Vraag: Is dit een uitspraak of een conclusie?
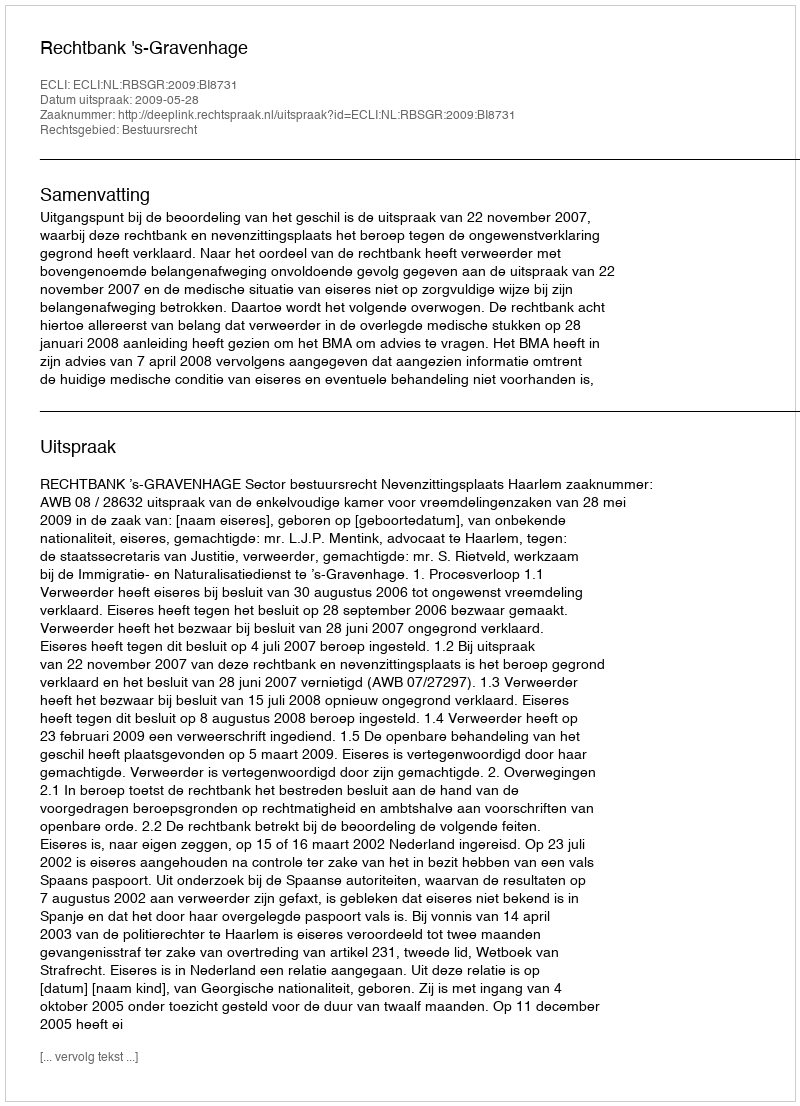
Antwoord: Uitspraak